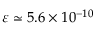
\varepsilon \simeq 5 . 6 \times 1 0 ^ { - 1 0 }